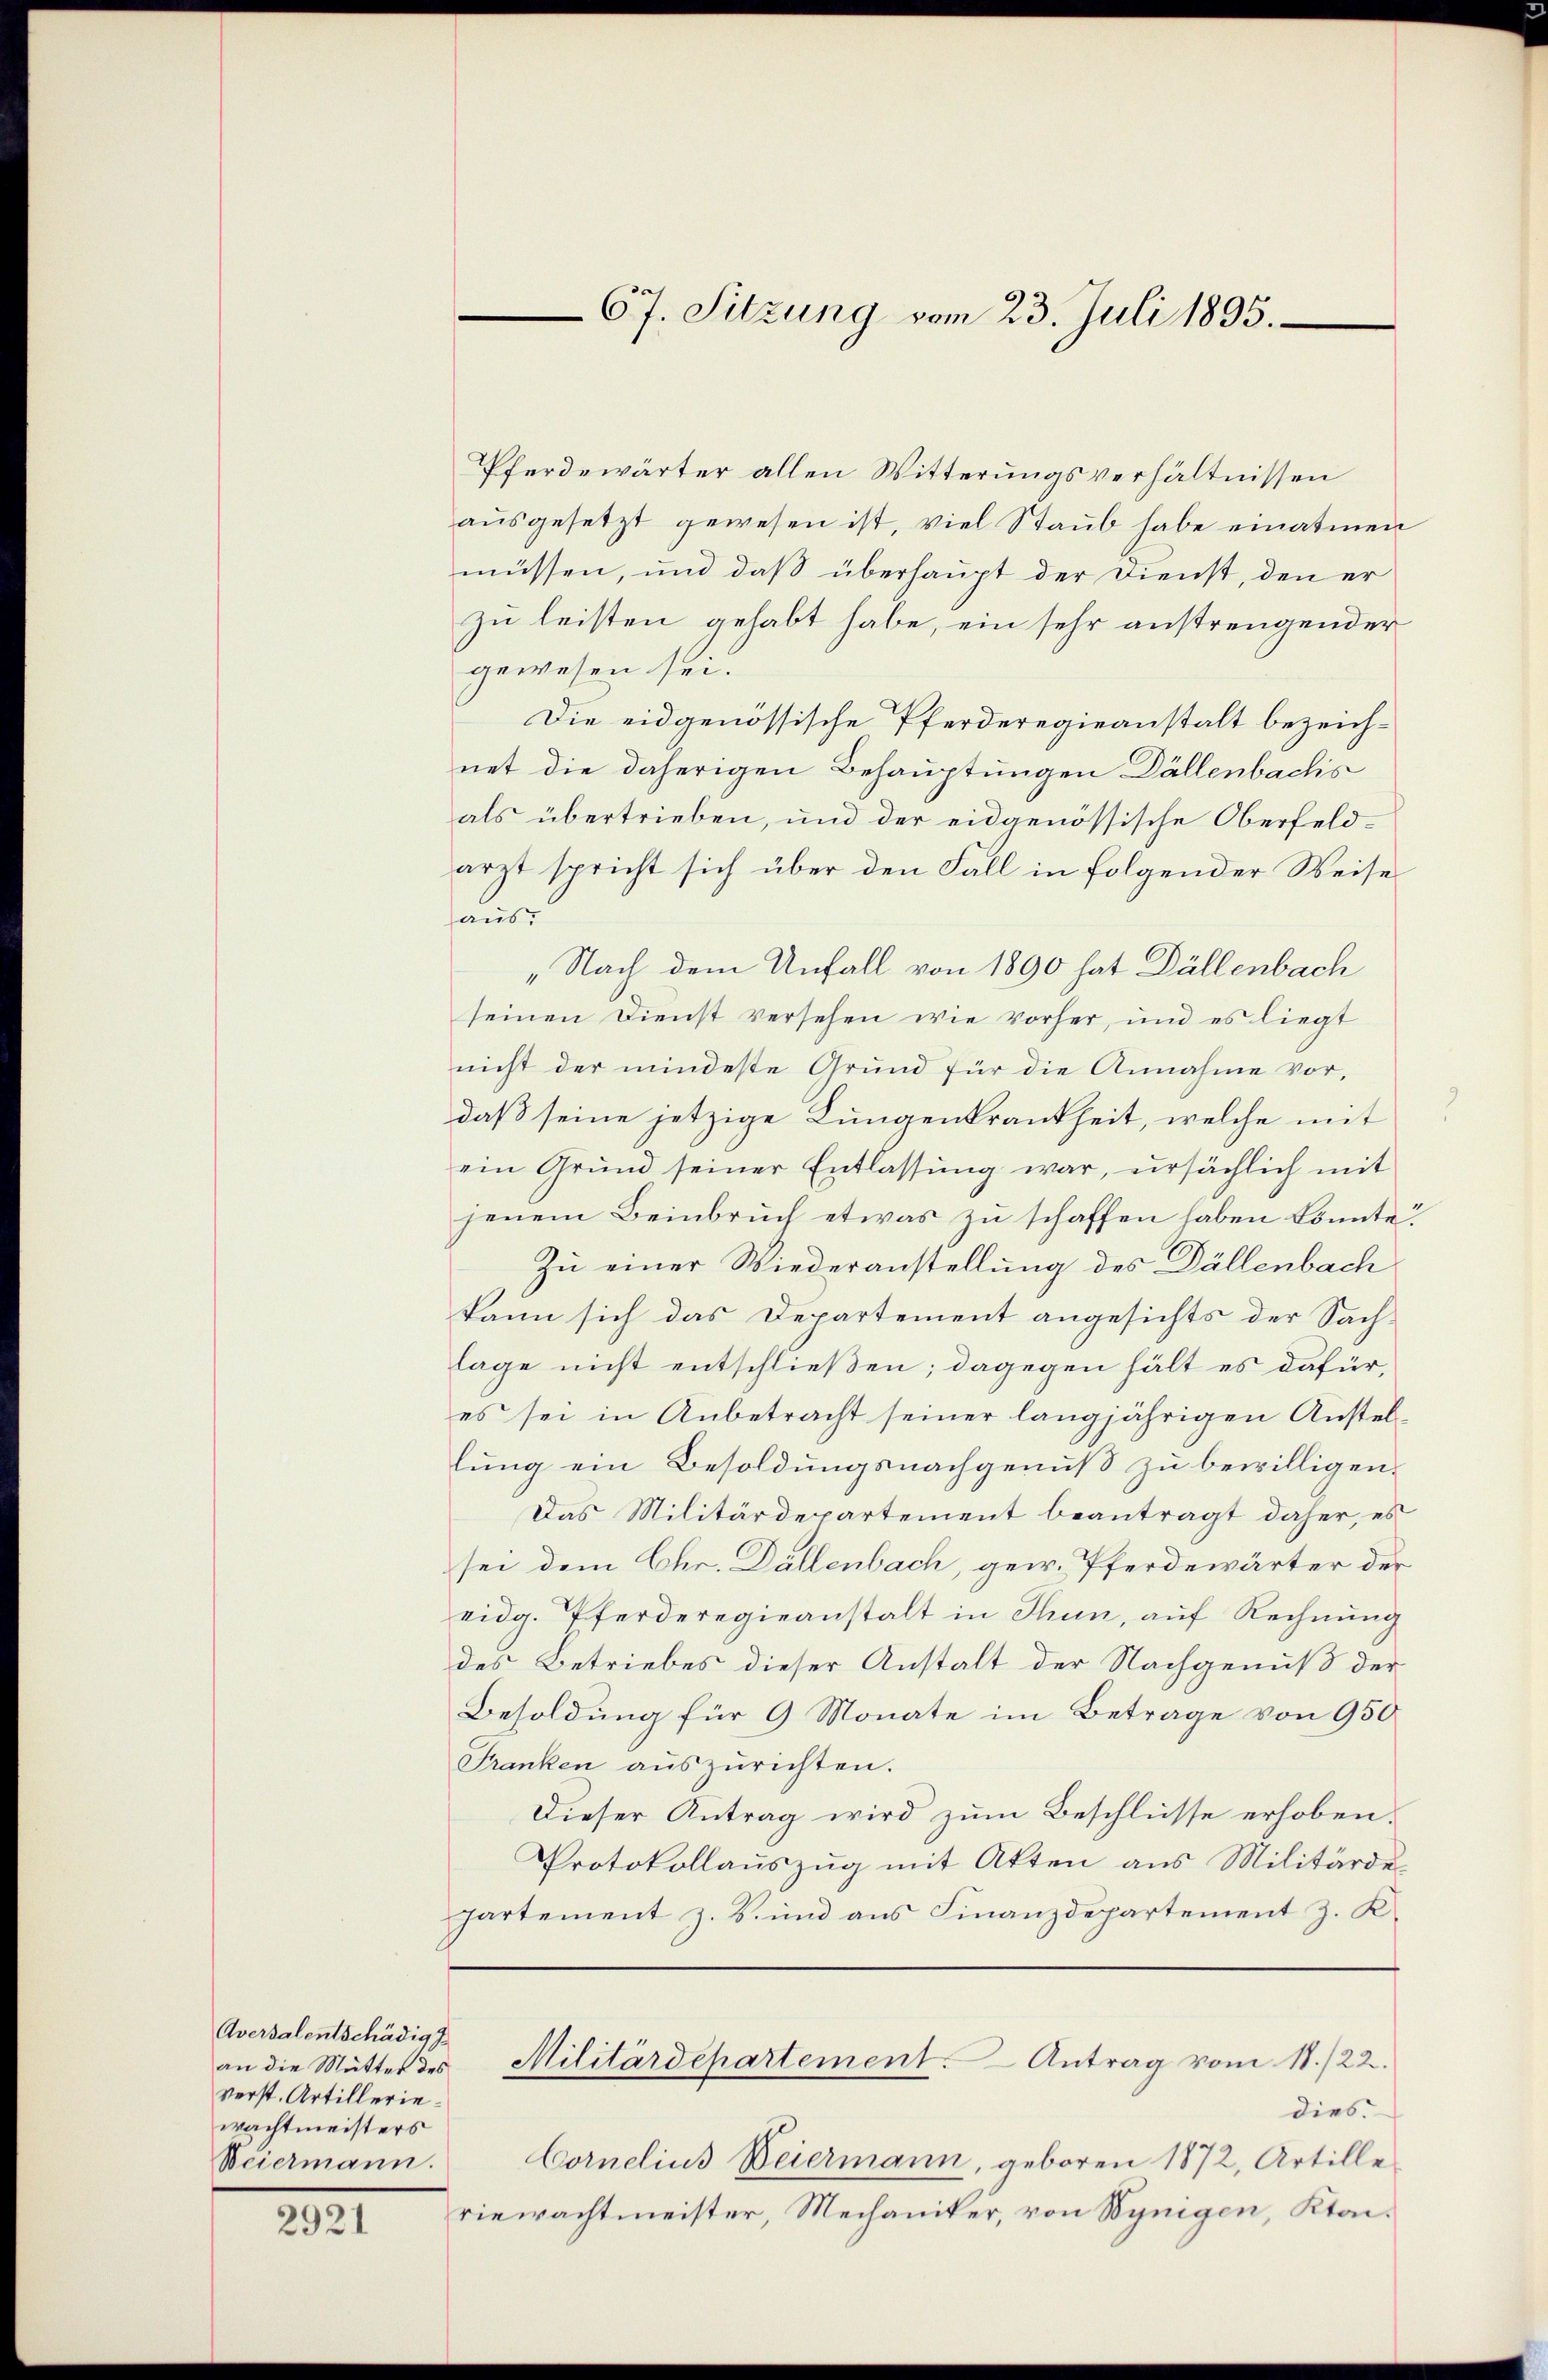
Aversalentschädig
an die Mutter des
verst. Artillerie
wachtmeisters

2921

Pferdewärter allen Witterungsverhältnissen
ausgesetzt gewesen ist, viel Staub habe einatmen
müssen, und daß überhaupt der Dienst, den er
zu leisten gehabt habe, ein sehr anstrengender
gewesen sei.
Die eidgenössische Pferderegieanstalt bezeichnet die daherigen Behauptungen Dällenbachs
als übertrieben, und der eidgenössische Oberfeldarzt spricht sich über den Fall in folgender Weiseaus:
„Nach dem Unfall von 1890 hat Dällenbach
seinen Dienst versehen wie vorher, und es liegt
nicht der mindeste Grund für die Annahme vor,
daß seine jetzige Lungenkrankheit, welche mit
ein Grund seiner Entlassung war, ursächlich mit
jenem Beinbruch etwas zu schaffen haben könnte?
Zu einer Wiederanstellung des Dällenbach
kann sich das Departement angesichts der Sach-
lage nicht entschließen; dagegen hält es dafür,
es sei in Anbetracht seiner langjährigen Anstellung ein Besoldungsnachgenuß zu bewilligen.
Das Militärdepartement beantragt daher, es
sei dem Chr. Dallenbach, gew. Pferdewärter der
eidg. Pferderegieanstalt in Thun, auf Rechnung
des Betriebes dieser Anstalt der Nachgenuß der
Besoldung für 9 Monate im Betrage von 950
Franken aŭszŭrichten.
Dieser Antrag wird zum Beschlüsse erhoben.
Protokollauszug mit Akten aus Militärdepartement z. B. und aus Finanzdepartement z. K.
Militärdepartement. Antrag vom 11./22.
dies
Weiermann. Cornelius Weiermann, geboren 1872, Artille
riewachtmeister, Mechaniker, von Wynigen, Ktai¬

67. Sitzung vom 23. Juli 1895.